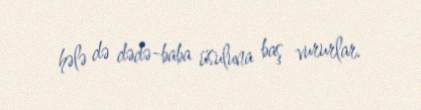
hələ də dədə-baba üsuluna baş vururlar.